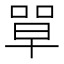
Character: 𭈼